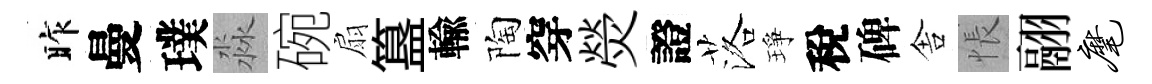
昨曼璞淼碗扇簋輸陶穿熒證落琤稅碑舎悵翮麾